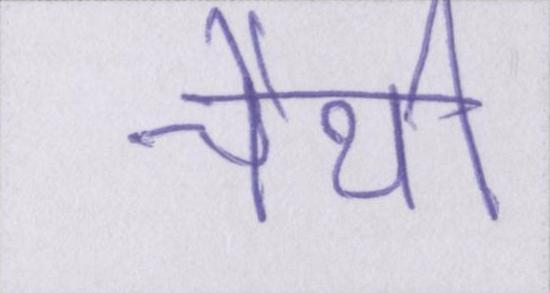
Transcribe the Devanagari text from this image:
चैथी